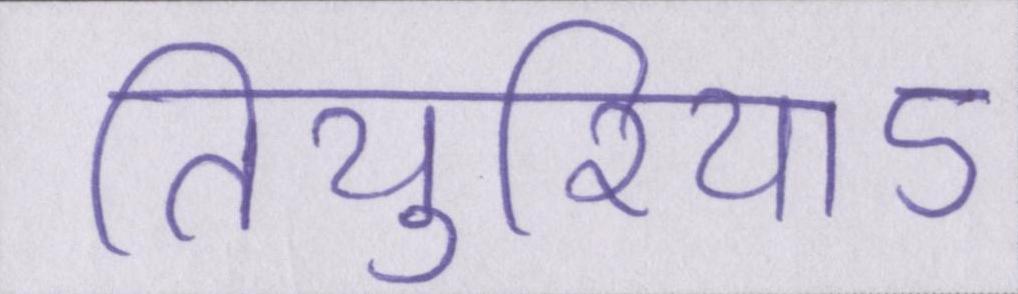
तियुरियाऽ